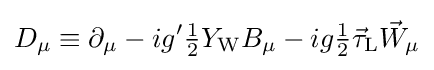
D_{\mu }\equiv \partial _{\mu }-ig'{\tfrac {1}{2}}Y_{\text{W}}B_{\mu }-ig{\tfrac {1}{2}}{\vec {\tau }}_{\text{L}}{\vec {W}}_{\mu }